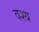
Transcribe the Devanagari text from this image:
वश्य